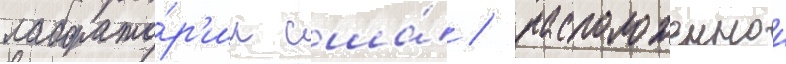
лаборато́р'ии сша́ / расположеннои